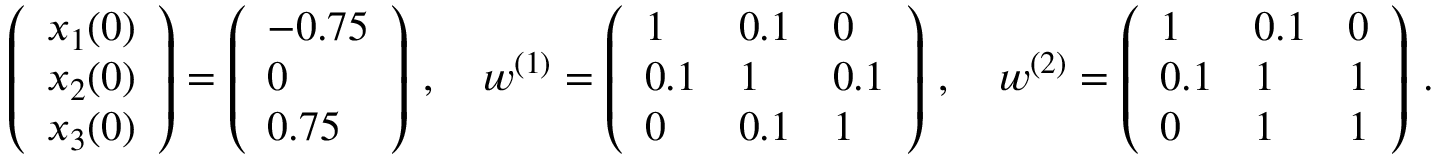
\left( \begin{array} { l } { x _ { 1 } ( 0 ) } \\ { x _ { 2 } ( 0 ) } \\ { x _ { 3 } ( 0 ) } \end{array} \right) = \left( \begin{array} { l } { - 0 . 7 5 } \\ { 0 } \\ { 0 . 7 5 } \end{array} \right) \, , \quad w ^ { ( 1 ) } = \left( \begin{array} { l l l } { 1 } & { 0 . 1 } & { 0 } \\ { 0 . 1 } & { 1 } & { 0 . 1 } \\ { 0 } & { 0 . 1 } & { 1 } \end{array} \right) \, , \quad w ^ { ( 2 ) } = \left( \begin{array} { l l l } { 1 } & { 0 . 1 } & { 0 } \\ { 0 . 1 } & { 1 } & { 1 } \\ { 0 } & { 1 } & { 1 } \end{array} \right) \, .